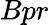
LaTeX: Bpr